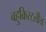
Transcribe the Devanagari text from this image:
बहुक्रिस्टलीय